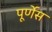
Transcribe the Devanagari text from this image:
पूर्णेस